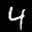
Label: 4